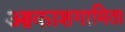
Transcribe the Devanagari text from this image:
आकाशगामिता